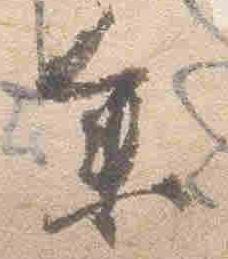
参